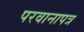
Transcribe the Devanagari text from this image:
परवानापत्र